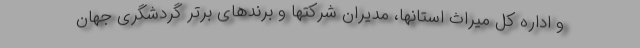
و اداره کل میراث استانها، مدیران شرکتها و برندهای برتر گردشگری جهان